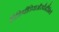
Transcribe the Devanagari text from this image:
विकिपीडियाऔरपैनोरैमियो